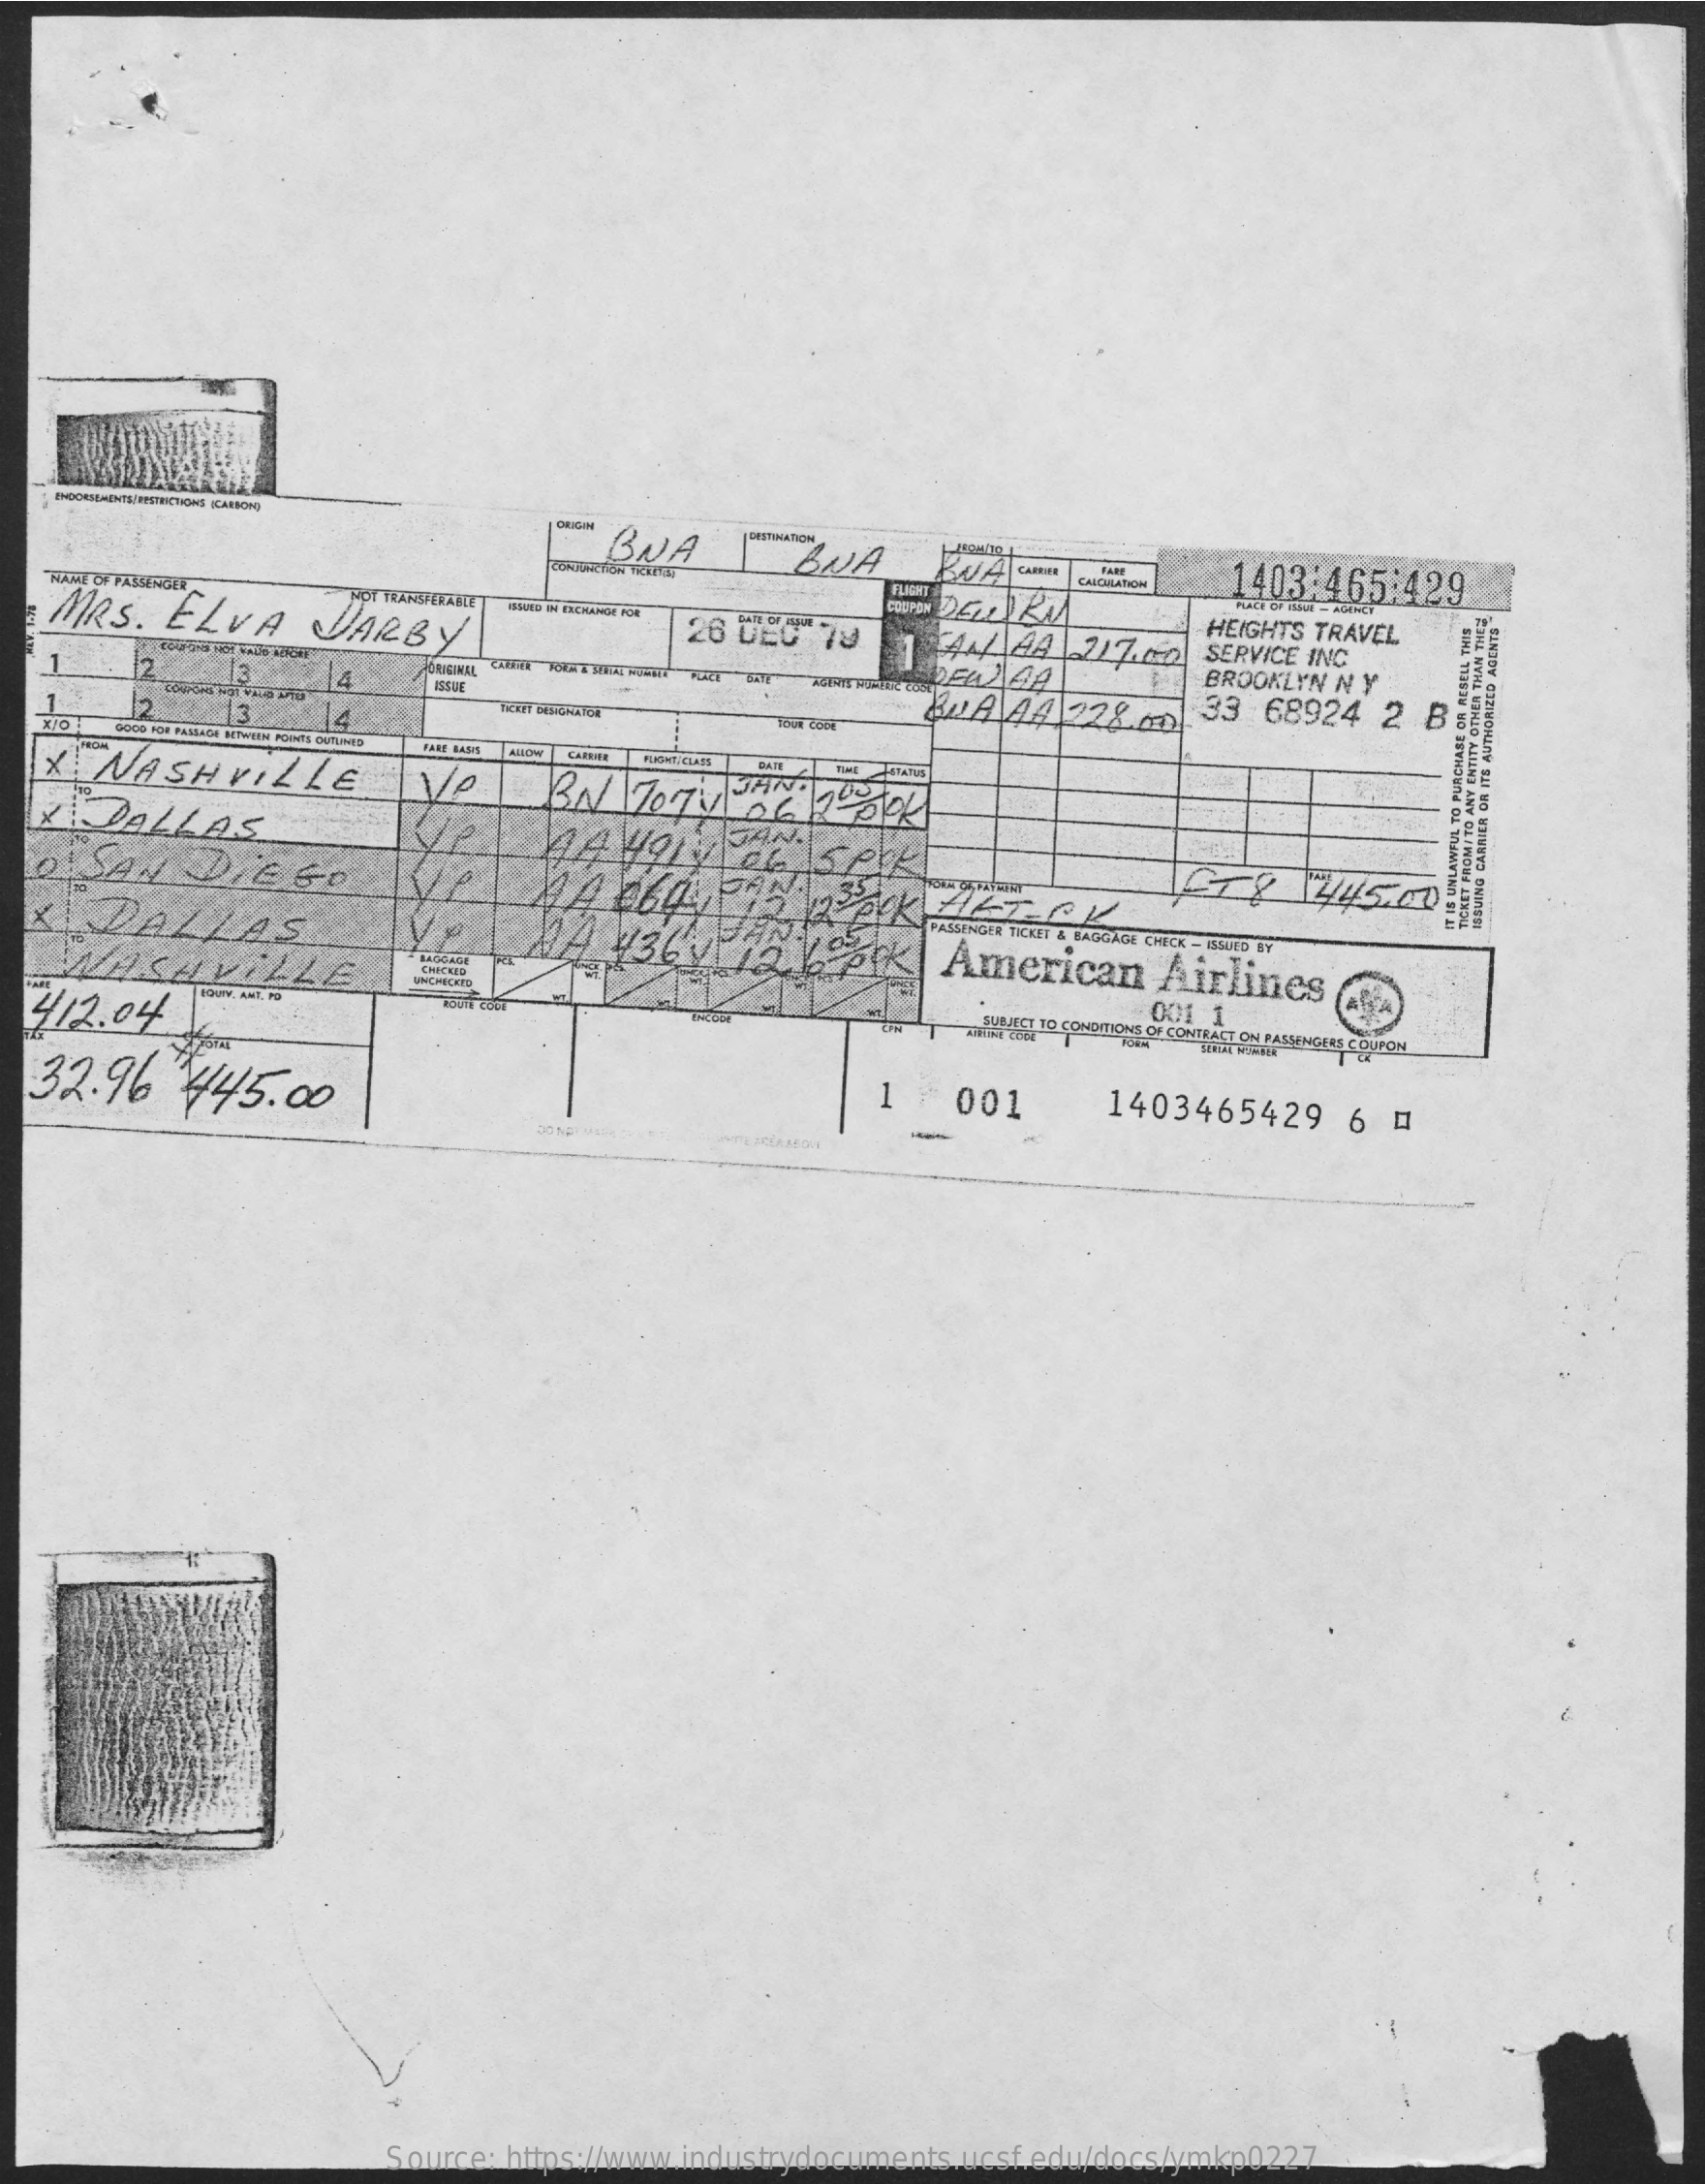
BUA    BNA
     1403:465:429 CALCULATION NAME OF PASSENGER
   MRS.   ELVA    JARBY    TAN  AA  217.150
     HEIGHTS TRAVEL
     IQUID IN ESCHANDE FOR
     26 DEC  79
     SERVICE INC
     BROOKLYN N Y
     12
     BATE
   1    14
     BULA 44 228.00   33 68924  2  B: 12 13. 14
     YOUR COTE
     AHOY CABEre
     BN   7074/  06 /2 0
     FUdet. CLASS X NASHVILLE
   X  DALLAS    44  YOLY   OL   SPIK O SAN DIEGO    £78    1445.00    ISSUING
     CARRIER
     OR
     ITS
     AUTHORIZED
     AGENTS
     IT
     IS
     UNLAWFUL
     TO
     PURCHASE
     OR
     RESELL
     THIS
     TICKET
     PROMITO
     ANY
     ENTITY
     OTHER
     THAN
     THEE
  X   DALLAS    PASSENGER TICKET & BAGGAGE CHICK - ISSUED BY NA 4369 12. 2k American Airlines MAKAVILLE
     BAGGAGE
     CIMICEID
     001 1
     UNCHICOTE
  412.04    SUBJECT TO CONDITIONS OF CONTRACT ON PASSENGERS COUPON
  32.96    #45.00    1   001    1403465429    6  0
     -
     Source: https://www.industrydocuments.ucsf.edu/docs/ymkp0227